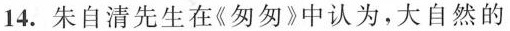
14.朱自清先生在《匆匆》中认为，大自然的